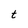
Character: t